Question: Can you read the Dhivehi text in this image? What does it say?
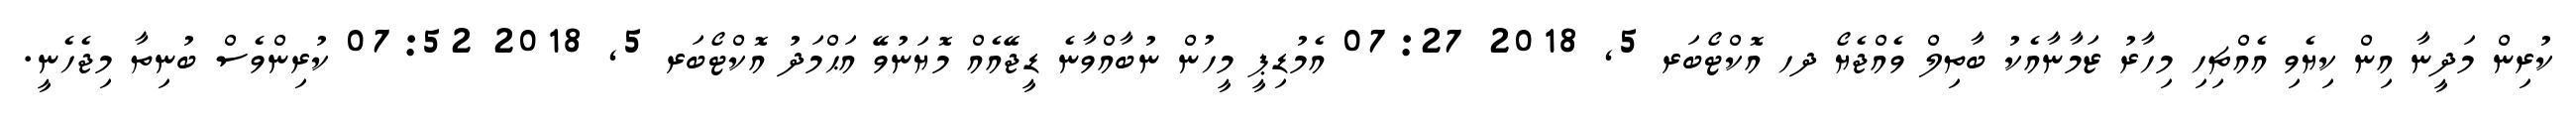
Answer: ކުރިން މަދީނާ އިން ކިޔެވި އެއްޗިހި މިހާރު ޒަމާނާއެކު ބާތިލް ވެއްޖެޔޯ ދހ އޮކްޓޯބަރ 5, 2018 07:27 އެމުޑިޕީ މީހުން ނުބާއްވާނެ ޑީޖޭއެއް މޮޔަނުވޭ އަޙްމަދު އޮކްޓޯބަރ 5, 2018 07:52 ކުރިންވެސް ބުނިތާ މިޖެހެނީ.